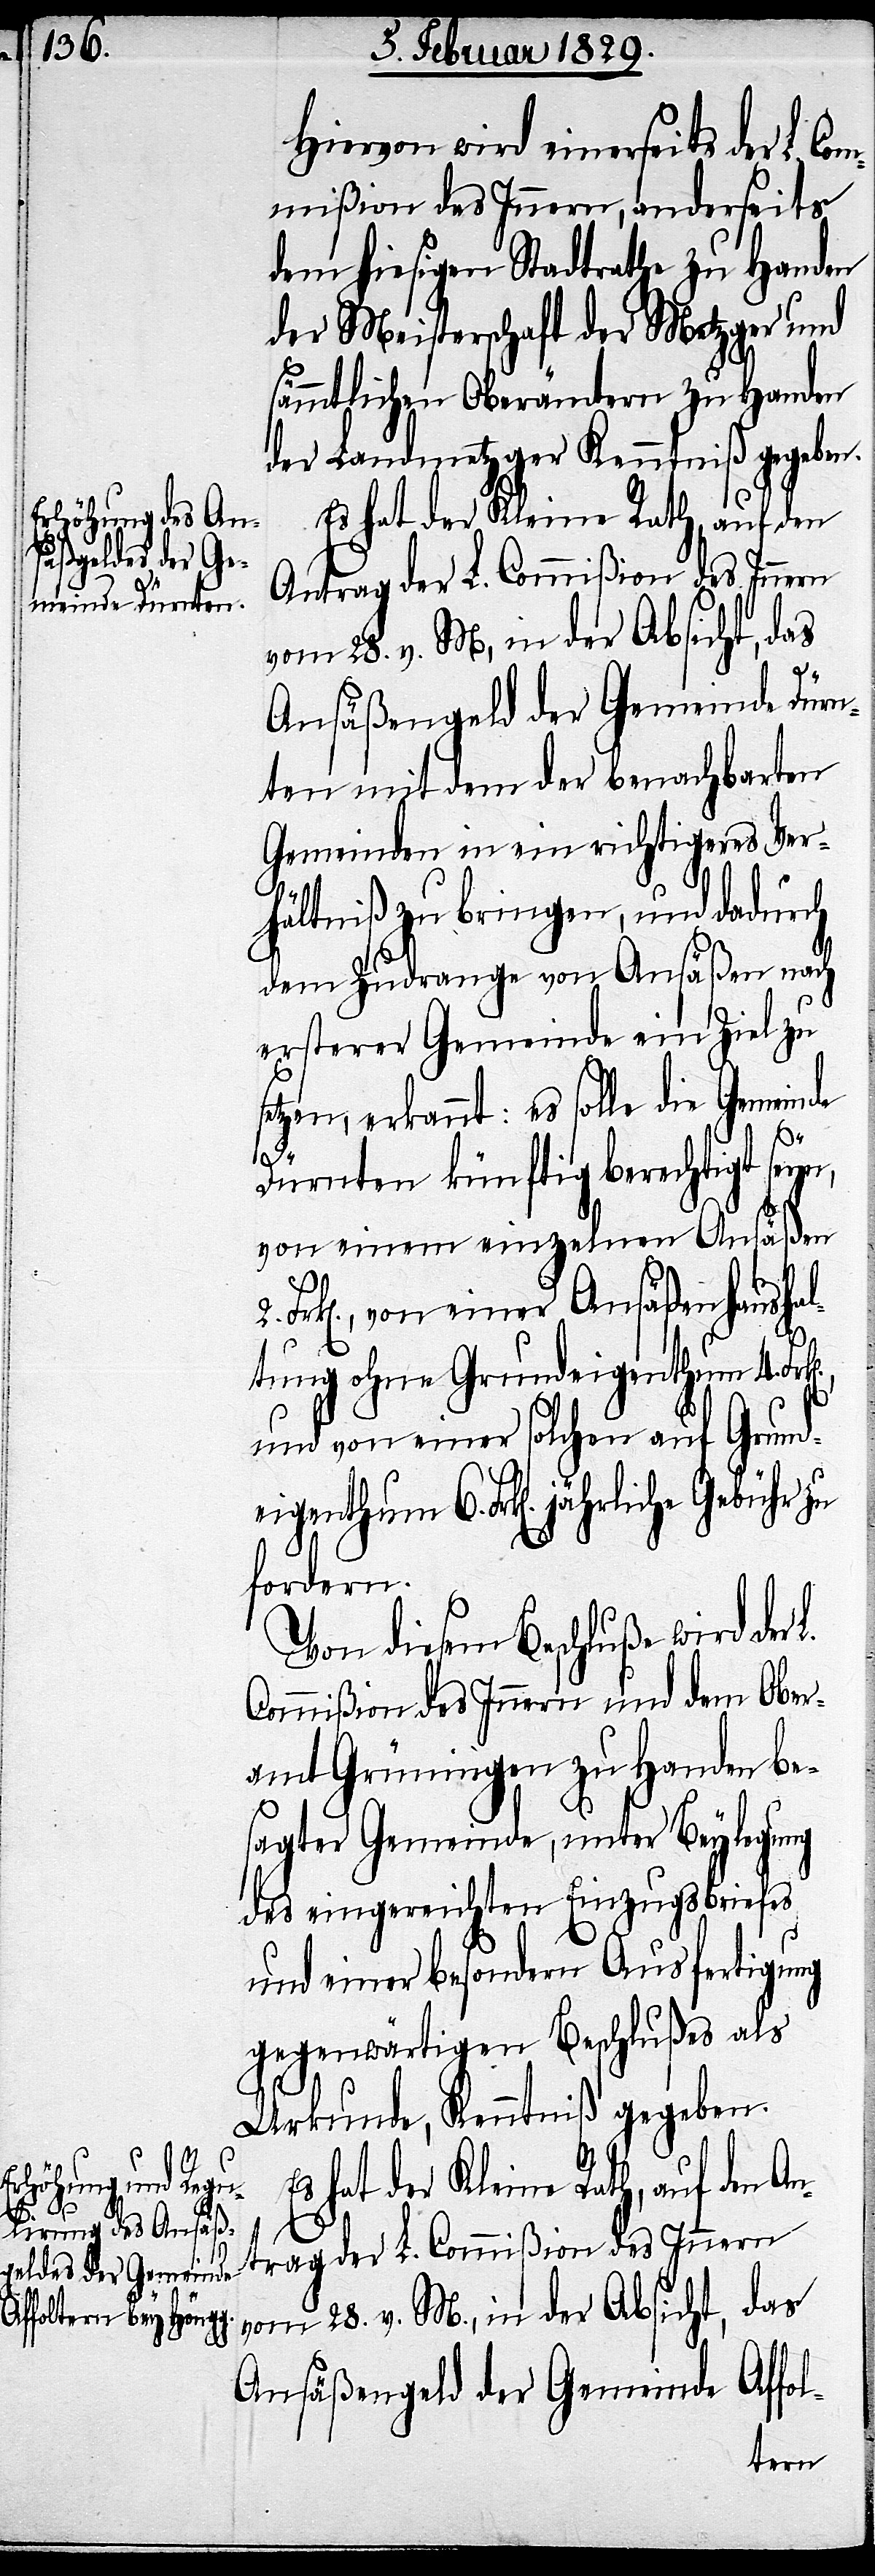
Hiervon wird einerseits der L.
mmißion des Innern, anderseits
dem hiesigen Stadtrathe zu Handen
der Meisterschaft der Metzger und
sämmtlicher Oberämter zu Handen
der Landmetzger Kenntniß gegeben.
Es hat der Kleine Rath, auf den
Antrag der L. Commißion des Innern
vom 28. v. M., in der Absicht, das
Ansäßengeld der Gemeinde Dürn¬
ten mit dem der benachbarten
Gemeinden in ein richtigeres Ver¬
hältniße zu bringen, und dadurch
dem Zudrange von Ansäßen nach
ersterer Gemeinde ein Ziel zu
tzen, erkannt: es solle die Gemeinde
Fr¬
Dürnten künftig berechtigt seyn,
von einem einzelnen Ansäßen
k[en]., von einer Ansäßenhaushal¬
tung ohne Grundeigenthum 4.
und von einer solchen auf Grund¬
n]. jährliche Gebühr zu
fordern.
Von diesem Beschluße wird der
Commißion des Innern und dem Ober¬
amt Grüningen zu Handen be¬
sagter Gemeinde, unter Beylegung
des eingereichten Einzugsbriefes
und einer besondern Ausfertigung
gegenwärtigen Beschlußes als
Urkunde, Kenntniß gegeben.
2.
Ansäßengeld der Gemeinde Affol-